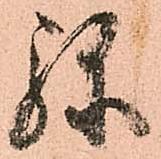
弥